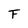
Character: F